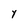
Character: Y